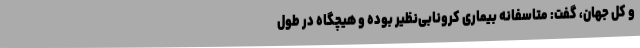
و کل جهان، گفت: متاسفانه بیماری کرونابی‌نظیر بوده و هیچگاه در طول